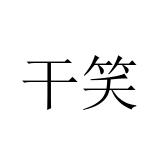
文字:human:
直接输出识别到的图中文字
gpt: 干笑